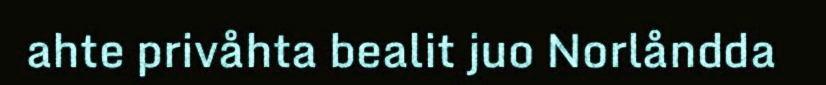
ahte privåhta bealit juo Norlåndda